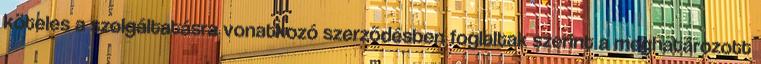
köteles a szolgáltatásra vonatkozó szerzõdésben foglaltak szerint a meghatározott